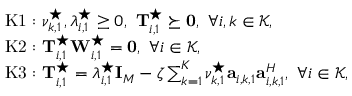
\begin{array} { r l } & { \mathrm { K 1 : } \ \nu _ { k , 1 } ^ { \star } , \lambda _ { i , 1 } ^ { \star } \geq 0 , \ \mathbf T _ { i , 1 } ^ { \star } \succeq \mathbf 0 , \ \forall i , k \in \mathcal K , } \\ & { \mathrm { K 2 : } \ \mathbf T _ { i , 1 } ^ { \star } \mathbf W _ { i , 1 } ^ { \star } = \mathbf 0 , \ \forall i \in \mathcal K , } \\ & { \mathrm { K 3 : } \ \mathbf T _ { i , 1 } ^ { \star } = \lambda _ { i , 1 } ^ { \star } \mathbf I _ { M } - \zeta \sum _ { k = 1 } ^ { K } \nu _ { k , 1 } ^ { \star } \mathbf a _ { i , k , 1 } \mathbf a _ { i , k , 1 } ^ { H } , \ \forall i \in \mathcal K , } \end{array}